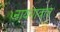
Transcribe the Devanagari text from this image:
नायगावात